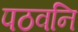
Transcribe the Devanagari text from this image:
पठवनि